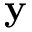
\textbf { y }